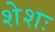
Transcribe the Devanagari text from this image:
शेशः